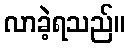
လာခဲ့ရသည်။